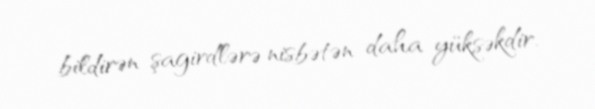
bildirən şagirdlərə nisbətən daha yüksəkdir.